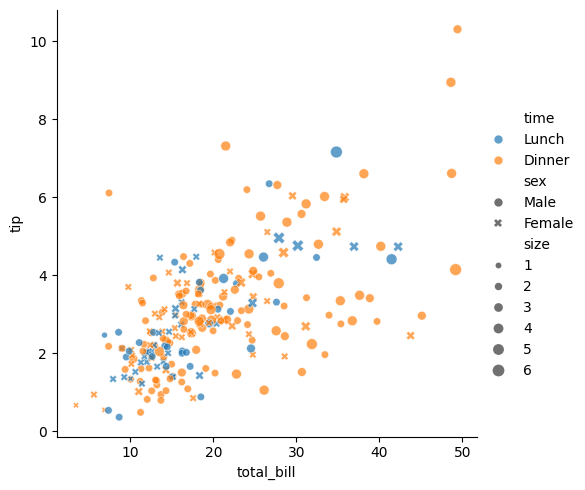
python, seaborn, relplot, alpha=0.7